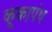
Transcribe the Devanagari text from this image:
कूकापंथ